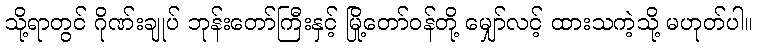
သို့ရာတွင် ဂိုဏ်းချုပ် ဘုန်းတော်ကြီးနှင့် မြို့တော်ဝန်တို့ မျှော်လင့် ထားသကဲ့သို့ မဟုတ်ပါ။